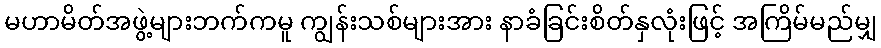
မဟာမိတ်အဖွဲ့များဘက်ကမူ ကျွန်းသစ်များအား နာခံခြင်းစိတ်နှလုံးဖြင့် အကြိမ်မည်မျှ